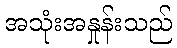
အသုံးအနှုန်းသည်